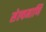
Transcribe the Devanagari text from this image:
सेल्वमाणि